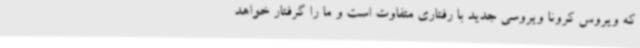
که ویروس کرونا ویروسی جدید با رفتاری متفاوت است و ما را گرفتار خواهد